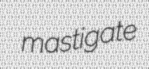
mastigate